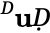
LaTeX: ^Ḋ\mathbf{u}Ḍ